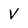
Character: V